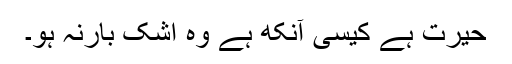
حیرت ہے کیسی آنکھ ہے وہ اشک بارنہ ہو۔